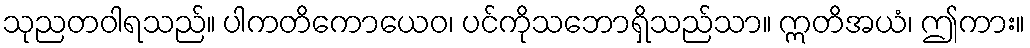
သုညတဝါရသည်။ ပါကတိကောယေဝ၊ ပင်ကိုသဘောရှိသည်သာ။ ဣတိအယံ၊ ဤကား။